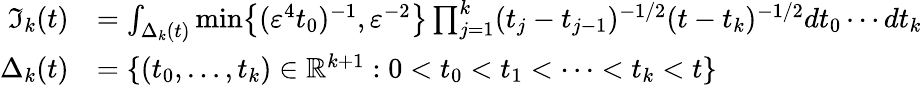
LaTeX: \begin{array}{rl}{\mathfrak{I}_{k}(t)}&{=\int_{\Delta_{k}(t)}\mathrm{min}\big\{ (\varepsilon^{4}t_{0})^{-1},\varepsilon^{-2}\big\} \prod_{j=1}^{k}(t_{j}-t_{j-1})^{-1/2}(t-t_{k})^{-1/2}dt_{0}\cdots dt_{k}}\\ {\Delta_{k}(t)}&{=\lbrace(t_{0},\dots,t_{k})\in\mathbb R^{k+1}:0<t_{0}<t_{1}<\dots<t_{k}<t\rbrace}\end{array}